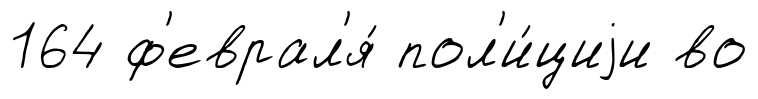
164 ф'еврал'я́ пол'и́циjи во